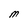
Character: M